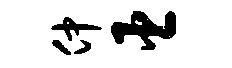
仲臣